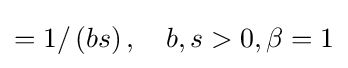
=1/\left(bs\right),\quad b,s>0,\beta =1